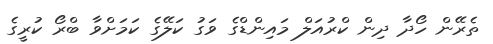
ތެރޭން ހޯދާ ދިން ކްރުއަލް މައިންޑްގެ ވަގު ކަލޭގެ ކަމަށްވާ ބްރޯ ކުރީގެ